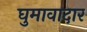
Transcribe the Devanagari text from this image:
घुमावादार